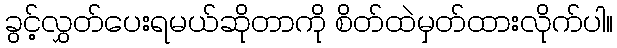
ခွင့်လွှတ်ပေးရမယ်ဆိုတာကို စိတ်ထဲမှတ်ထားလိုက်ပါ။